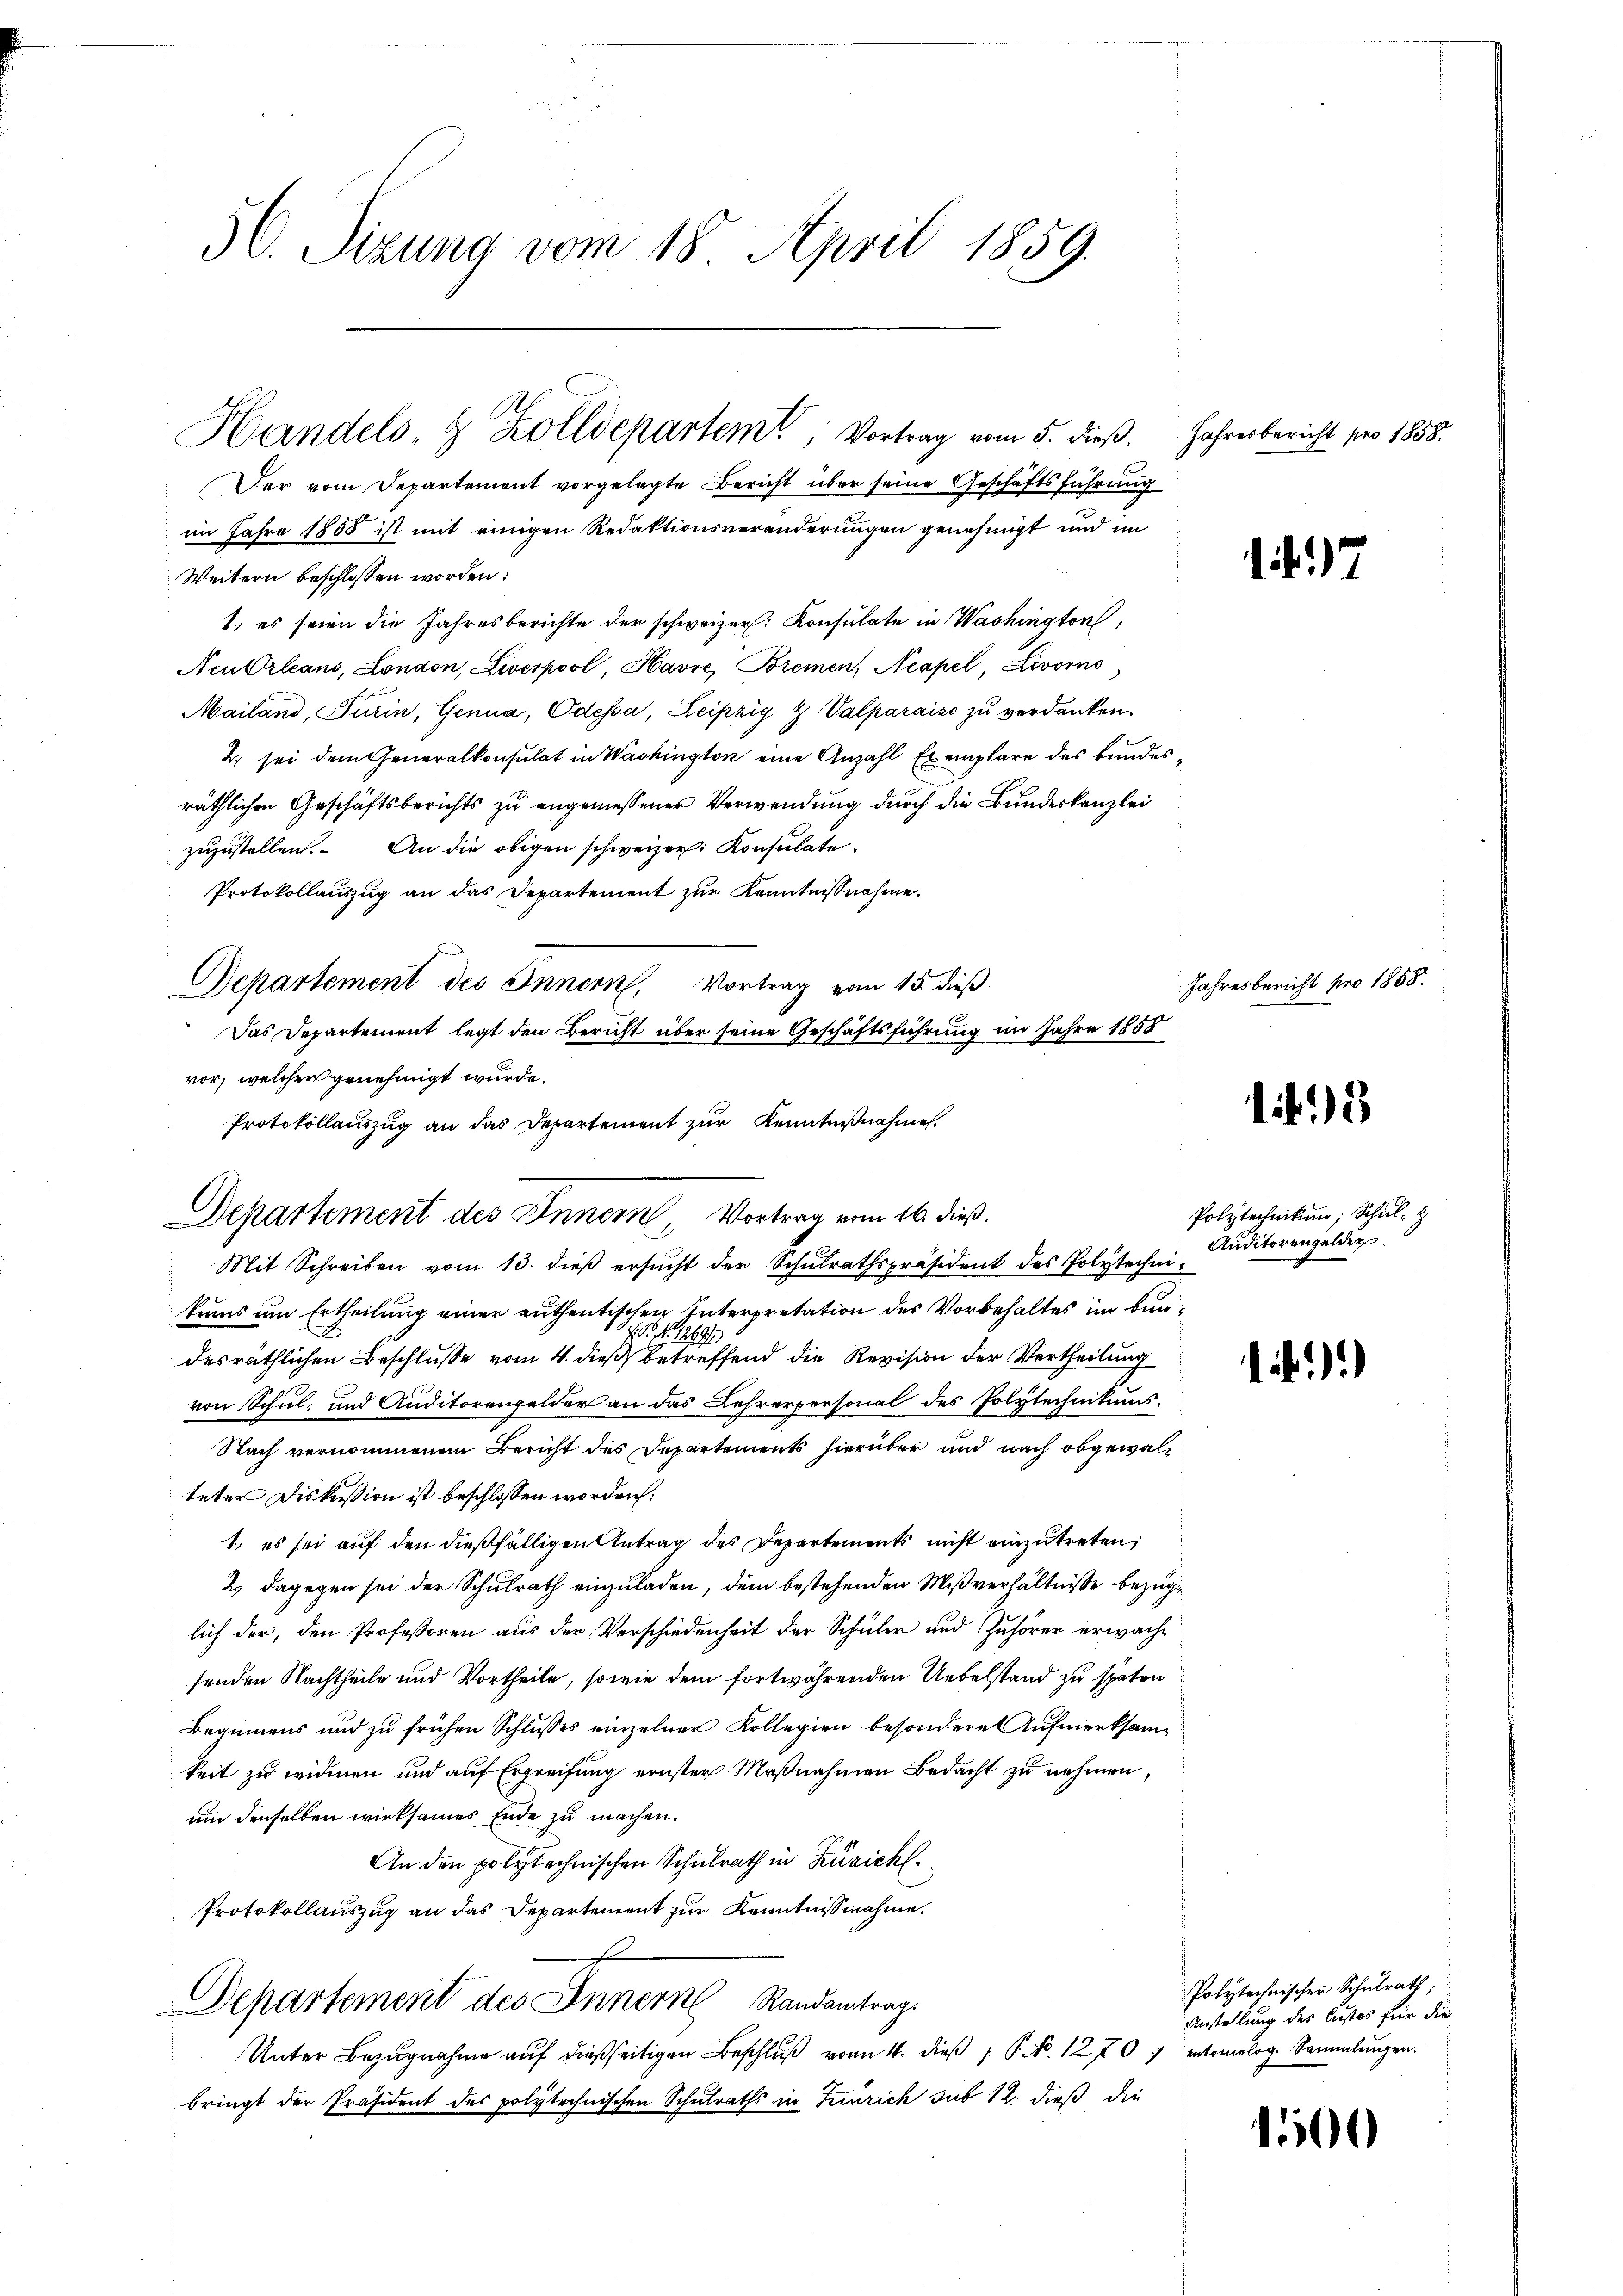
50. Sizung vom 18. April 1859.

Handels- & Zolldepartem Vortrag vom 5. dieβ. Jahresbericht pro 1858.

Departement des Innern, Vortrag vom 16. dieß.

Der vom Departement vorgelegte Bericht über seine Geschäftsführung
im Jahre 1858 ist mit einigen Redaktionsveränderungen genehmigt und im
Weitern beschlossen worden:
1., es seien die Jahresberichte der schweizer. Konsulate in Washington,
Neu Orleans, London, Liverpool, Havre, Bremen, Neapel, Livorno,
Mailand, Turin, Genua, Odessa, Leipzig & Valparaiso zŭ verdanken.
2 sei dem Generalkonsulat in Washington eine Anzahl Exemplare des Bundesräthlichen Geschäftsberichts zu angemessener Verwendung durch die Bundeskanzlei
zuzustellen. An die obigen schweizer Konsulate
Protokollauszug an das Departement zur Kenntnißnahme.
Departement des Innern, Vortrag vom 15. dieβ
Das Departement legt den Bericht über seine Geschäftsführung im Jahre 1858
vor, welcher genehmigt wurde.
Protokollauszug an das Departement zur Kenntnißnahme.

Mit Schreiben vom 13. dieβ ersŭcht der Schŭlrathspräsident des Polytechnikums um Ertheilung einer authentischen Interpretation des Vorbehaltes im Bun¬
S. 1289.
desräthlichen Beschlusse vom 4. dieß betreffend die Revision der Vertheilung
von Schul- und Auditorengelder an das Lehrerpersonal des Polytechnikums.
Nach vernommenem Bericht des Departements hierüber und nach obgewalt
teter Diskussion ist beschlossen worden:
1. es sei auf den dießfälligen Antrag des Departements nicht einzutreten;
2 dagegen sei der Schulrath einzuladen, dem bestehenden Mißverhältnisse bezuglich der, den Professoren aus der Verschiedenheit der Schüler und Zuhörer erwachsenden Nachtheile und Vortheile, sowie dem fortwährenden Uebelstand zu späten
Beginnens und zu frühen Schlusses einzelner Kollegien besondere Aufmerksam-
keit zu widmen und auf Ergreifung ernster Maßnahmen Bedacht zu nehmen,
um denselben wirksames Ende zu machen.
An den polytechnischen Schulrath in Zürich
Protokollauszug an das Departement zur Kenntnisnahme.
Departement des Innern Randantrag.
Unter Bezŭgnahme aŭf dießseitigen Beschlŭβ von 4. dieβ  P. NNo. 1270) entomolog. Sammlungen.
bringt der Präsident des polytechnischen Schulraths in Teinrich sub 12. dieß die

147

Jahresbericht pro 1858.

13

Polytechniken; Schul
Auditorengelder.

.

1500

Polytechnischer Schulrath,
Anstellung des Custos für die